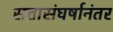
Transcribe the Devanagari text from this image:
सत्तासंघर्षानंतर